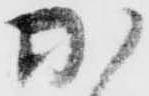
加